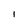
Character: I